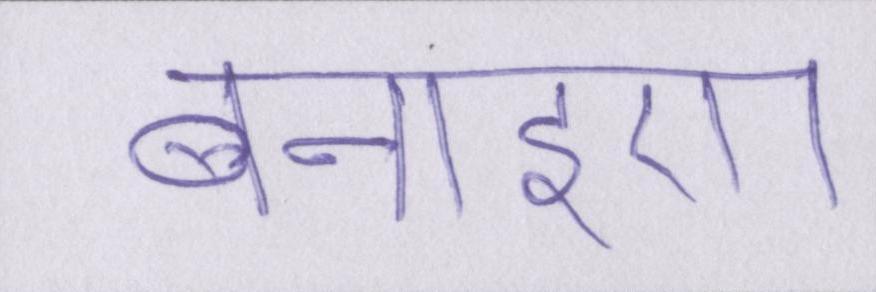
बनाइए।